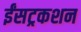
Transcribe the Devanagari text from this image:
ईंसट्रकशन